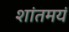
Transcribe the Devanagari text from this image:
शांतमयं